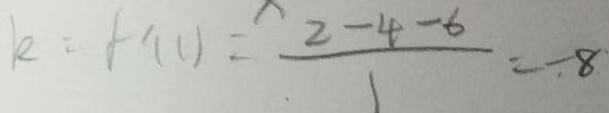
k = f ^ { \prime } ( 1 ) = \frac { 2 - 4 - 6 } { 1 } = - 8